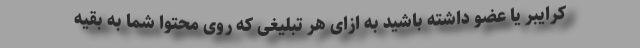
کرایبر یا عضو داشته باشید به ازای هر تبلیغی که روی محتوا شما به بقیه